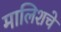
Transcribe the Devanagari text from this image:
मालिशचे